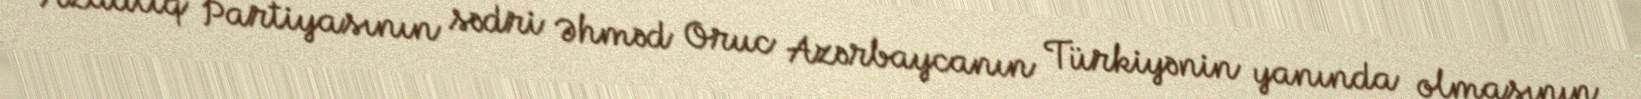
Azadlıq Partiyasının sədri Əhməd Oruc Azərbaycanın Türkiyənin yanında olmasının